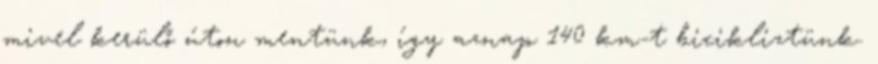
mivel kerülő úton mentünk, így aznap 140 km-t bicikliztünk.